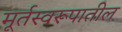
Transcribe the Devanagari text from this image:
मूर्तस्वरूपातील